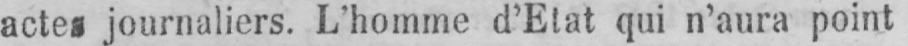
actes journaliers. L’homme d’Etat qui n’aura point